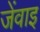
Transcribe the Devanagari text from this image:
जेंवाइ